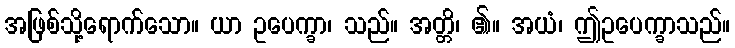
အဖြစ်သို့ရောက်သော။ ယာ ဥပေက္ခာ၊ သည်။ အတ္တိ၊ ၏။ အယံ၊ ဤဥပေက္ခာသည်။